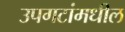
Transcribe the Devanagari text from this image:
उपगटांमधील